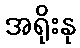
အရိုးနု